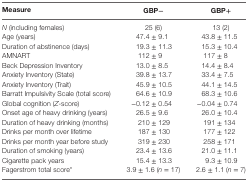
| Measure | GBP− | GBP+ |
 | --- | --- | --- |
 | N (including females) | 25 (6) | 13 (2) |
 | Age (years) | 47.4 ± 9.1 | 43.8 ± 11.5 |
 | Duration of abstinence (days) | 19.3 ± 11.3 | 15.3 ± 10.4 |
 | AMNART | 112 ± 9 | 117 ± 8 |
 | Beck Depression Inventory | 13.0 ± 8.5 | 14.4 ± 8.4 |
 | Anxiety Inventory (State) | 39.8 ± 13.7 | 33.4 ± 7.5 |
 | Anxiety Inventory (Trait) | 45.9 ± 10.5 | 44.1 ± 14.5 |
 | Barratt Impulsivity Scale (total score) | 64.6 ± 10.9 | 68.3 ± 10.6 |
 | Global cognition (Z-score) | −0.12 ± 0.54 | −0.04 ± 0.74 |
 | Onset age of heavy drinking (years) | 26.5 ± 9.6 | 26.0 ± 10.4 |
 | Duration of heavy drinking (months) | 210 ± 129 | 191 ± 134 |
 | Drinks per month over lifetime | 187 ± 130 | 177 ± 122 |
 | Drinks per month year before study | 319 ± 230 | 258 ± 171 |
 | Duration of smoking (years) | 23.4 ± 13.6 | 21.0 ± 11.1 |
 | Cigarette pack years | 15.4 ± 13.3 | 9.3 ± 10.9 |
 | Fagerstrom total score* | 3.9 ± 1.6 (n = 17) | 2.6 ± 1.1 (n = 7) |